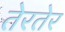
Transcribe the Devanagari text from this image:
तेरतेर